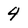
Character: 4